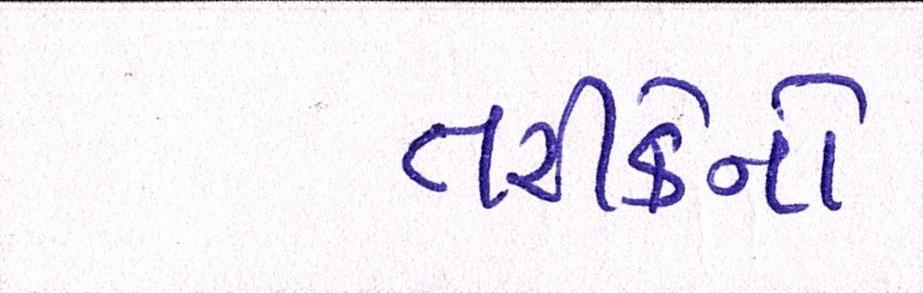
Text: તરીકેનો